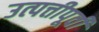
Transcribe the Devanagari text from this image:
उत्पत्तीपूर्वी